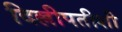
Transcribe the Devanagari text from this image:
दिल्लीपतीशी